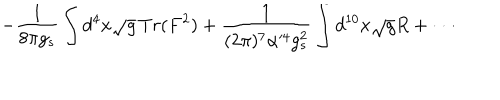
LaTeX: - \frac { 1 } { 8 \pi g _ { s } } \int d ^ { 4 } x \sqrt { g } \, T r ( F ^ { 2 } ) + \frac { 1 } { ( 2 \pi ) ^ { 7 } \alpha ^ { \prime 4 } g _ { s } ^ { 2 } } \int d ^ { 1 0 } x \sqrt { g } R + \cdot \cdot \cdot